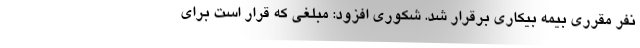
نفر مقرری بیمه بیکاری برقرار شد. شکوری افزود: مبلغی که قرار است برای